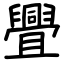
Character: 舋